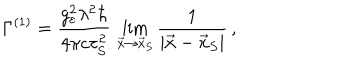
\Gamma ^ { ( 1 ) } = \frac { g _ { \varepsilon } ^ { 2 } \lambda ^ { 2 } \hbar } { 4 \pi c \tau _ { S } ^ { 2 } } \, \lim _ { \vec { x } \rightarrow \vec { x } _ { S } } \frac { 1 } { | \vec { x } - \vec { x } _ { S } | } \, ,